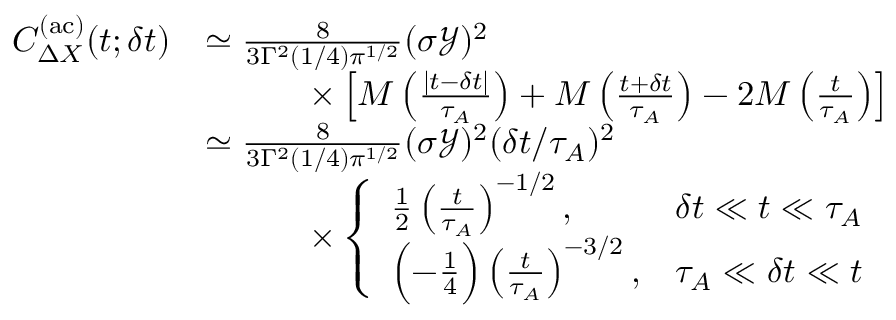
\begin{array} { r l } { C _ { \Delta X } ^ { \mathrm { ( a c ) } } ( t ; \delta t ) } & { \simeq \frac { 8 } { 3 \Gamma ^ { 2 } ( 1 / 4 ) { \pi } ^ { 1 / 2 } } ( \sigma \mathcal { Y } ) ^ { 2 } } \\ & { \qquad \quad \times \left[ M \left( \frac { | t - \delta t | } { \tau _ { A } } \right) + M \left( \frac { t + \delta t } { \tau _ { A } } \right) - 2 M \left( \frac { t } { \tau _ { A } } \right) \right] } \\ & { \simeq \frac { 8 } { 3 \Gamma ^ { 2 } ( 1 / 4 ) { \pi } ^ { 1 / 2 } } ( \sigma \mathcal { Y } ) ^ { 2 } ( \delta t / \tau _ { A } ) ^ { 2 } } \\ & { \qquad \quad \times \left\{ \begin{array} { l r } { \frac { 1 } { 2 } \left( \frac { t } { \tau _ { A } } \right) ^ { - 1 / 2 } , } & { \delta t \ll t \ll \tau _ { A } } \\ { \Bigl ( - \frac { 1 } { 4 } \Bigr ) \left( \frac { t } { \tau _ { A } } \right) ^ { - 3 / 2 } , } & { \tau _ { A } \ll \delta t \ll t } \end{array} \right. } \end{array}